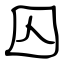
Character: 囚